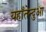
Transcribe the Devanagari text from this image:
यहाँतेन्दुआ